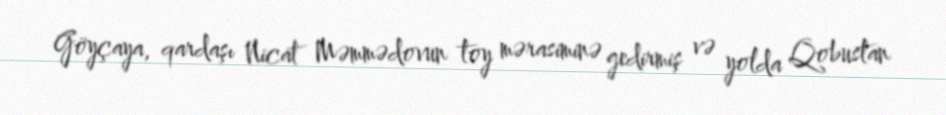
Göyçaya, qardaşı Nicat Məmmədovun toy mərasiminə gedirmiş və yolda Qobustan